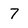
Character: 7